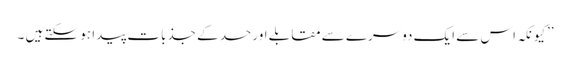
’’کیونکہ اس سے ایک دوسرے سے مقابلے اور حسد کے جذبات پیدا ہو سکتے ہیں ۔